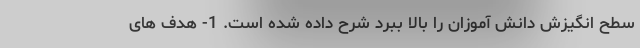
سطح انگیزش دانش آموزان را بالا ببرد شرح داده شده است. 1- هدف های